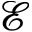
\mathcal { E }